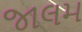
જાલમ